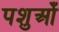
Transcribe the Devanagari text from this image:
पशुओँ